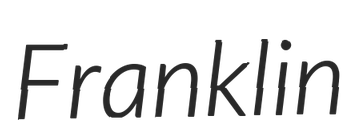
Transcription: Franklin